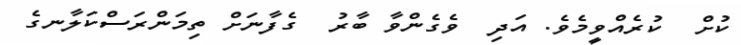
ކުށް  ކުރެއްވީމެވެ. އަދި  ވެގެންވާ ބާރު  ގެފާނަށް ތިމަންރަސްކަލާނގެ